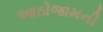
આઠોજામની